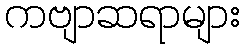
ကဗျာဆရာများ